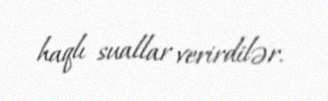
haqlı suallar verirdilər.